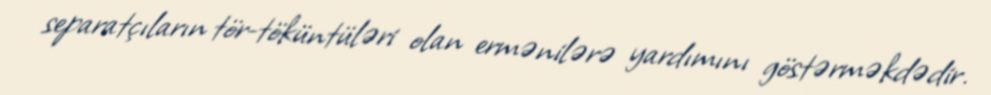
separatçıların tör-töküntüləri olan ermənilərə yardımını göstərməkdədir.